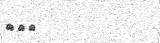
٢٧١